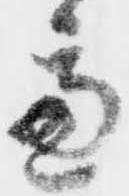
慮